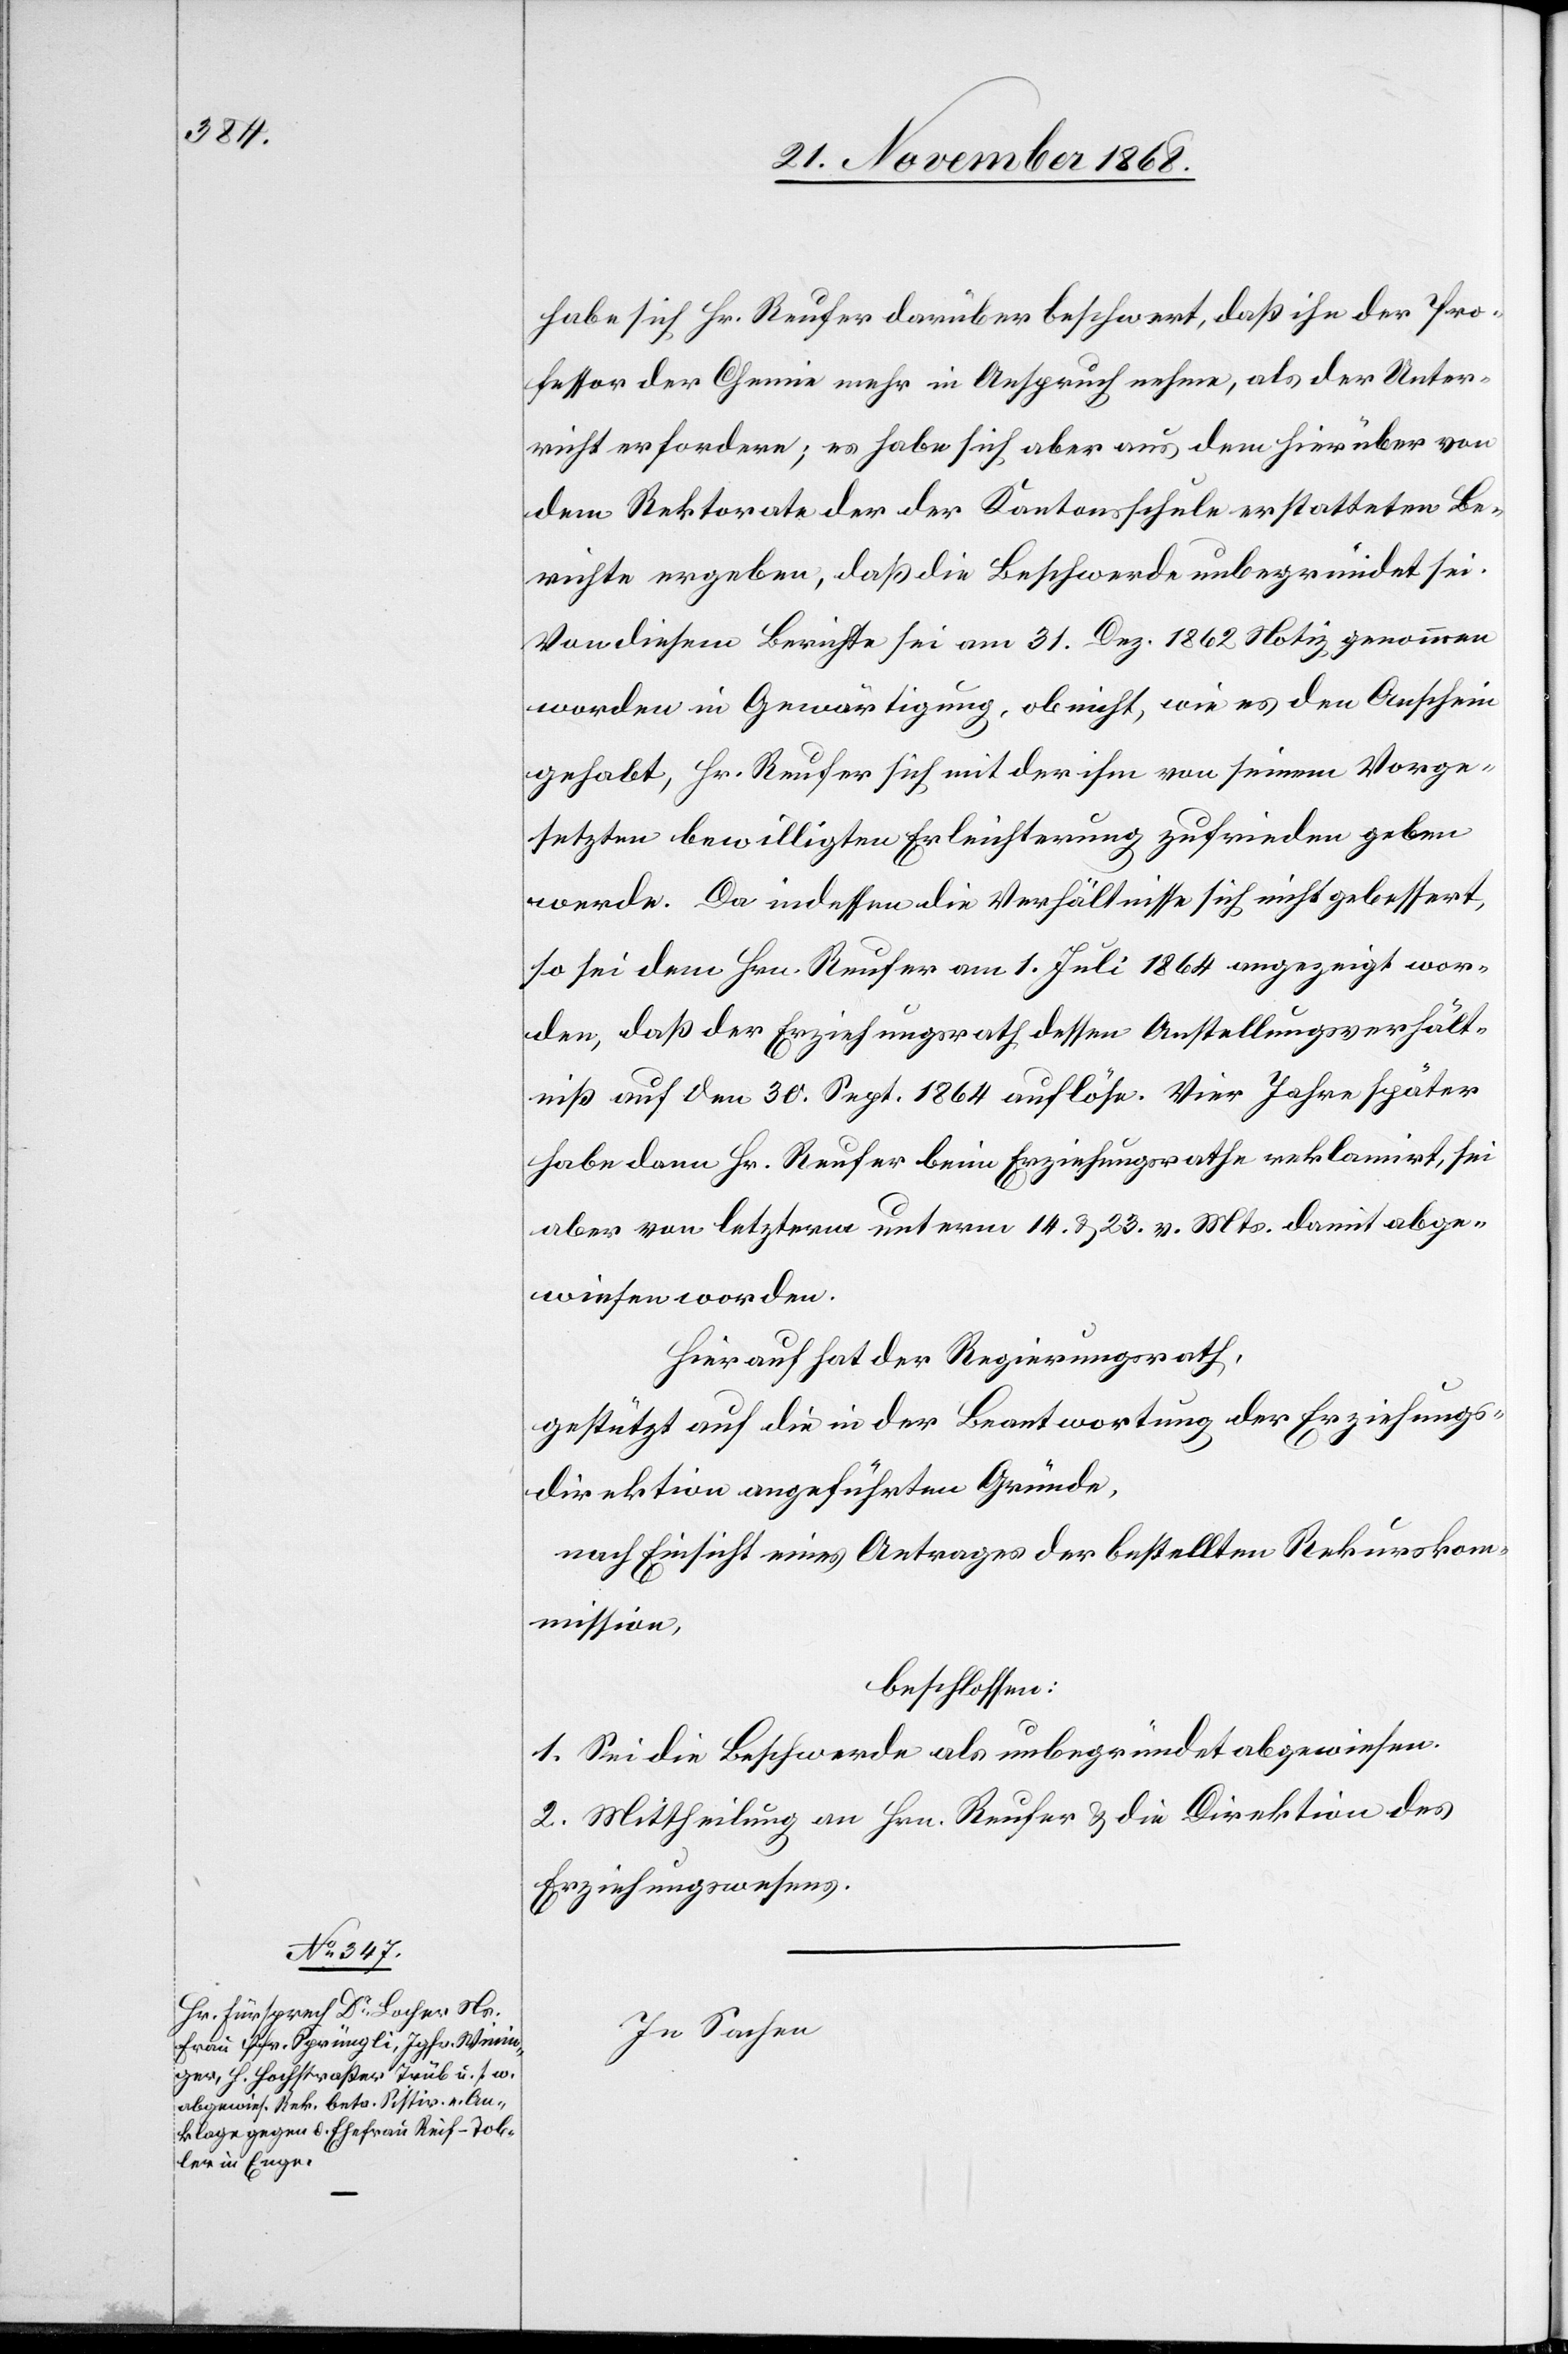
habe sich Hr. Reufer darüber beschwert, daß ihn der Pro¬
fessor der Chemie mehr in Anspruch nehme, als der Unter¬
richt erfordere; es habe sich aber aus dem hierüber von
dem Rektorate der der [sic!] Kantonsschule erstatteten Be¬
richte ergeben, daß die Beschwerde unbegründet sei.
Von diesem Berichte sei am 31. Dez. 1862 Notiz genommen
worden in Gewärtigung, ob nicht, wie es den Anschein
gehabt, Hr. Reufer sich mit der ihm von seinem Vorge¬
setzten bewilligten Erleichterung zufrieden geben
werde. Da indessen die Verhältnisse sich nicht gebessert,
so sei dem Hrn. Reufer am 14. Juli 1864 angezeigt wor¬
den, daß der Erziehungsrath dessen Anstellungsverhält¬
niß auf den 30. Sept. 1864 auflöse. Vier Jahre später
habe dann Hr. Reufer beim Erziehungsrathe reklamirt, sei
aber von letzterm unterm 14. & 23. v. Mts. damit abge¬
wiesen worden.
Hierauf hat der Regierungsrath,
gestützt auf die in der Beantwortung der Erziehungs¬
direktion angeführten Gründe,
nach Einsicht eines Antrages der bestellten Rekurskom¬
mission,
beschlossen:
1. Sei die Beschwerde als unbegründet abgewiesen.
2. Mittheilung an Hrn. Reufer & die Direktion des
Erziehungswesens.